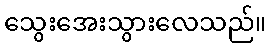
သွေးအေးသွားလေသည်။